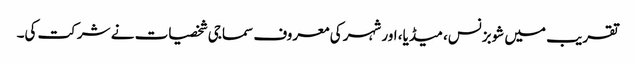
تقریب میں شوبزنس، میڈیا، اور شہر کی معروف سماجی شخصیات نے شرکت کی۔